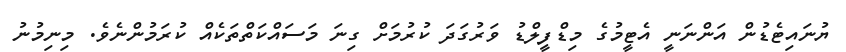
ޔުނައިޓެޑުން އަންނަނީ އެޓީމުގެ މިޑްފީލްޑު ވަރުގަދަ ކުރުމަށް ގިނަ މަސައްކަތްތަކެއް ކުރަމުންނެވެ. މިނިމުނު